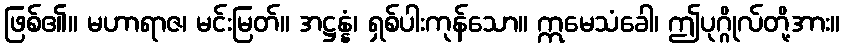
ဖြစ်၏။ မဟာရာဇ၊ မင်းမြတ်။ အဋ္ဌန္နံ၊ ရှစ်ပါးကုန်သော။ ဣမေသံခေါ၊ ဤပုဂ္ဂိုလ်တို့အား။